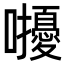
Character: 𡅒